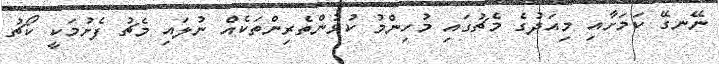
ނޭނގޭ ކަމަށާއި މިއަދުގެ މެޗުގައި މުހިންމު ކުޅުންތެރިންތަކެއް ނުލައި މެޗު ފެށުމަކީ ކޯޗު